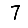
Digit: 7